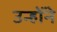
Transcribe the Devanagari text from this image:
उन्होंंने